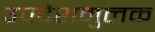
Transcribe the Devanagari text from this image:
उपदेशमुलक